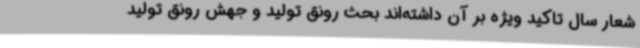
شعار سال تاکید ویژه بر آن داشته‌اند بحث رونق تولید و جهش رونق تولید